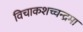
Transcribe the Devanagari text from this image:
विचाकशच्चन्द्रमा